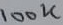
Text: 100K